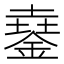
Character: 𨩓